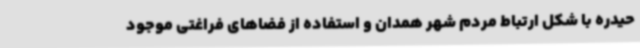
حیدره با شکل ارتباط مردم شهر همدان و استفاده از فضاهای فراغتی موجود